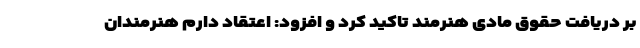
بر دریافت حقوق مادی هنرمند تاکید کرد و افزود: اعتقاد دارم هنرمندان